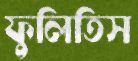
ফুলিতিস